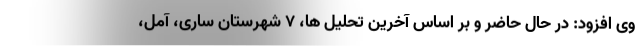
وی افزود: در حال حاضر و بر اساس آخرین تحلیل ها، ۷ شهرستان ساری، آمل،